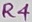
Text: R4